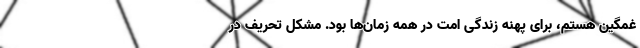
غمگین هستم، برای پهنه زندگی امت در همه زمان‌ها بود. مشکل تحریف در